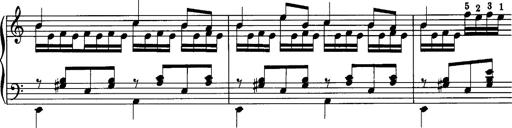
Title: La romanesca
Composer: Franz Liszt